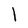
Character: I